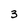
Character: 3